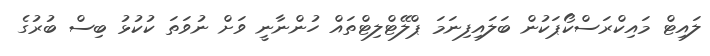
ލައިޓް މައިކްރަސްކޯޕަކުން ބަލައިފިނަމަ ޕްލޭޓްލިޓްތައް ހުންނާނީ ވަށް ނުވަތަ ކުކުޅު ބިސް ބުރުގެ